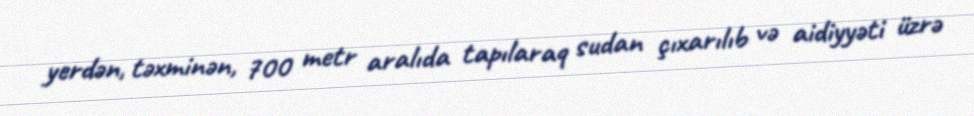
yerdən, təxminən, 700 metr aralıda tapılaraq sudan çıxarılıb və aidiyyəti üzrə